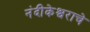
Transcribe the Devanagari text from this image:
नंदीकेश्वराचे